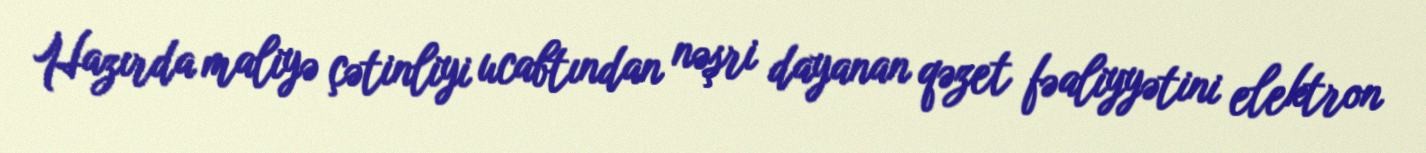
Hazırda maliyə çətinliyi ucabtından nəşri dayanan qəzet fəaliyyətini elektron